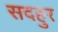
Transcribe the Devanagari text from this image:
सदहुर